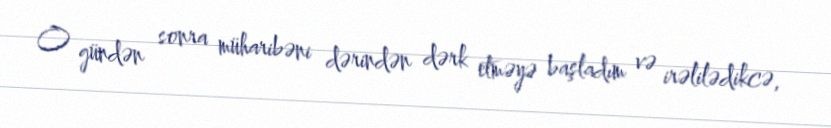
O gündən sonra müharibəni dərindən dərk etməyə başladım və irəlilədikcə,